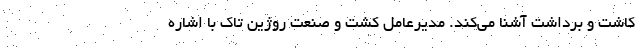
کاشت و برداشت آشنا می‌کند. مدیرعامل کشت و صنعت روژین تاک با اشاره